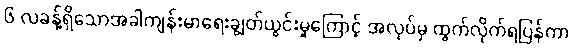
၆ လခန့်ရှိသောအခါကျန်းမာရေးချွတ်ယွင်းမှုကြောင့် အလုပ်မှ ထွက်လိုက်ရပြန်ကာ